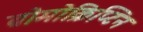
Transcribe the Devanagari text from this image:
ब्रोमोक्रिप्टिन